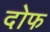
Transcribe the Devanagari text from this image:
दोफ